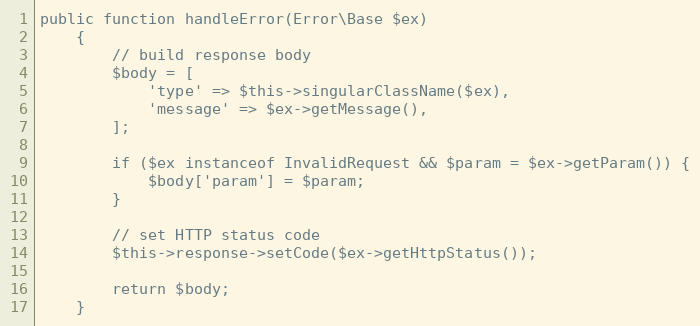
Language: PHP
public function handleError(Error\Base $ex)
    {
        // build response body
        $body = [
            'type' => $this->singularClassName($ex),
            'message' => $ex->getMessage(),
        ];

        if ($ex instanceof InvalidRequest && $param = $ex->getParam()) {
            $body['param'] = $param;
        }

        // set HTTP status code
        $this->response->setCode($ex->getHttpStatus());

        return $body;
    }